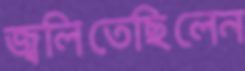
জ্বলিতেছিলেন